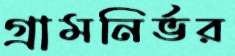
গ্রামনির্ভর